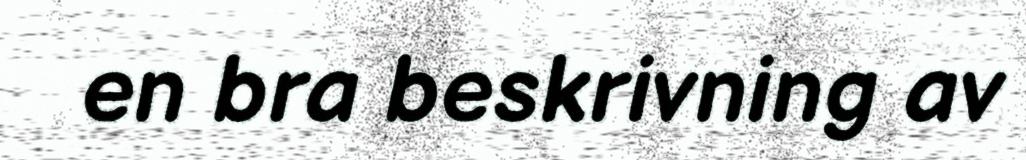
en bra beskrivning av